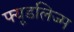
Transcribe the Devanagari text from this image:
फ्यूडलिज्म